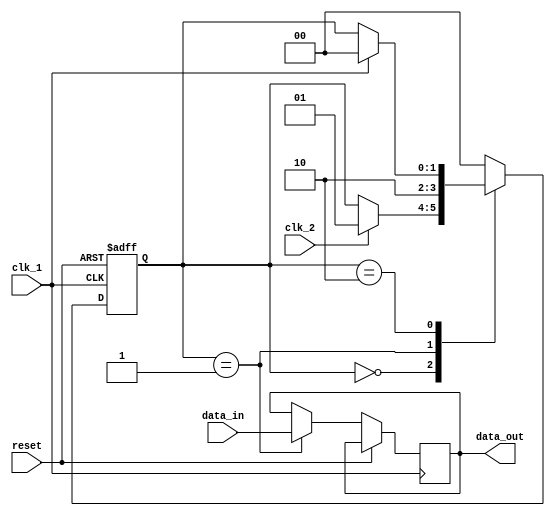
module pulse_synchronizer (
    input wire clk_1, // Input clock domain 1
    input wire clk_2, // Input clock domain 2
    input wire reset, // Reset signal
    input wire data_in, // Input data signal
    output reg data_out // Output synchronized data signal
);

reg [1:0] state;

always @ (posedge clk_1 or posedge reset) begin
    if (reset) begin
        // Reset state
        state <= 2'b00;
    end else begin
        case (state)
            2'b00: begin
                // Wait for synchronization
                if (clk_2) begin
                    state <= 2'b01;
                end
            end
            2'b01: begin
                // Synchronize data
                data_out <= data_in;
                state <= 2'b10;
            end
            2'b10: begin
                // Pulse alignment to common reference clock
                if (clk_1) begin
                    state <= 2'b00;
                end
            end
            default: state <= 2'b00;
        endcase
    end
end

endmodule